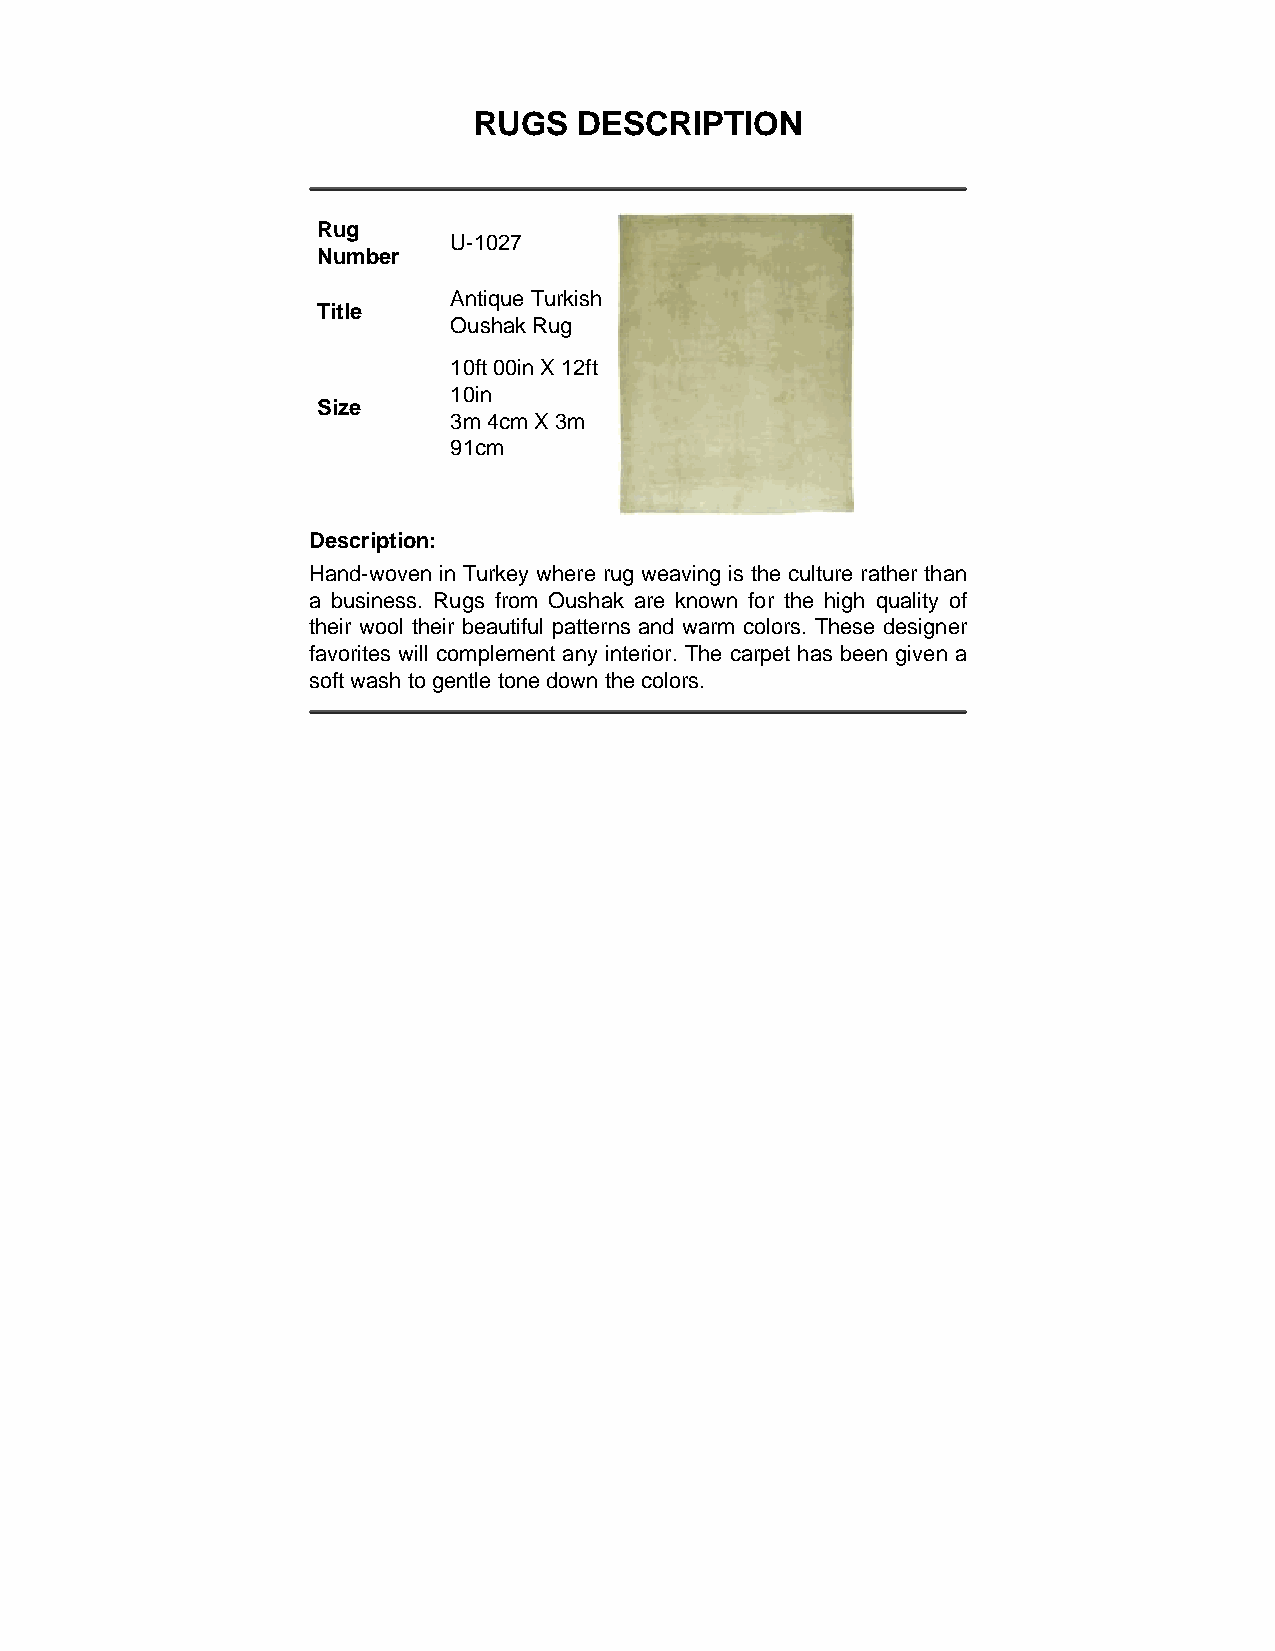
RUGS   DESCRIPTION
 Rug
 U-1027
 Number
 Antique Turkish
 Title
 Oushak Rug
 10ft 00in X 12ft
 10in
 Size
 3m 4cm X 3m
 91cm
 Description:
 Hand-woven in Turkey where rug weaving is the culture rather than
 a business. Rugs from Oushak are known for the high quality of
 their wool their beautiful patterns and warm colors. These designer
 favorites will complement any interior. The carpet has been given a
 soft wash to gentle tone down the colors.